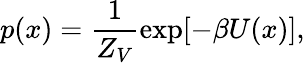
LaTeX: p(x)=\frac{1}{Z_{V}}\exp[-\beta U(x)],